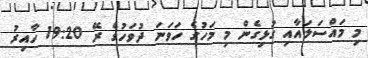
މި މައްސަލައާއި ގުޅިގެން މި މަހުގެ ހަވަނަ ދުވަހުގެ ރޭ 19:20 ހާއިރު